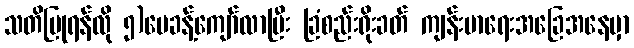
သတိပြုရန်လို ၅)ပေခန့်ကျော်လာပြီး ခြံစည်းရိုးခတ် ကျန်းမာရေးအခြေအနေမှာ